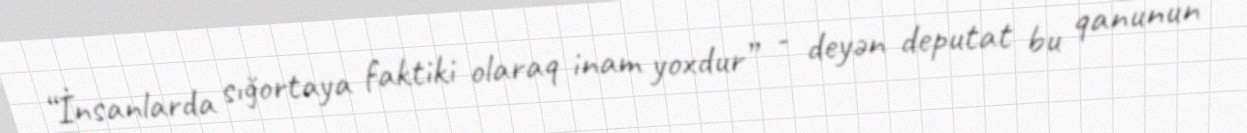
“İnsanlarda sığortaya faktiki olaraq inam yoxdur” - deyən deputat bu qanunun